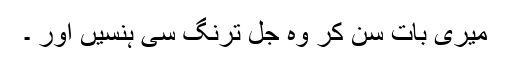
میری بات سن کر وہ جل ترنگ سی ہنسیں اور ۔